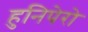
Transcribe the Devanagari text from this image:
हुनिपेरो